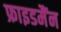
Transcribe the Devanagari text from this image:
फ्राइडमैंन